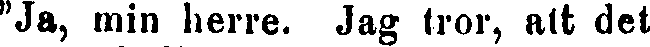
"Ja, min herre. Jag tror, att det